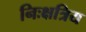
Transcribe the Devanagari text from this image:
निःक्षत्रिय